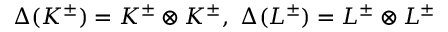
\Delta ( K ^ { \pm } ) = K ^ { \pm } \otimes K ^ { \pm } , \ \Delta ( L ^ { \pm } ) = L ^ { \pm } \otimes L ^ { \pm }